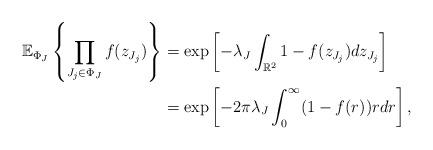
LaTeX: \begin{align*}\mathbb{E}_{\Phi_J}\left\{\prod\limits_{J_j \in \Phi_J}f(z_{J_j})\right\} &= \exp\left[-\lambda_J \int_{\mathbb{R}^2} 1-f(z_{J_j}) dz_{J_j} \right] \\&= \exp\left[-2\pi\lambda_J \int_{0}^{\infty} (1-f(r))rdr\right], \end{align*}